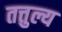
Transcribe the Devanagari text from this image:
तत्तुल्य